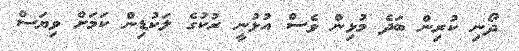
ދޯނި ކުރިން ބަދެ މުޅިން ވެސް އުޅުނީ ރުކުގެ ލަކުޑިން ކަމަށް ވިޔަސް